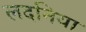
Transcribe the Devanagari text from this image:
लदनिया